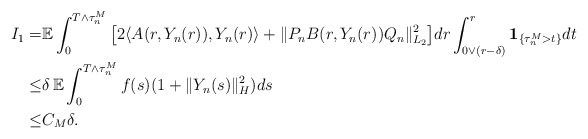
\begin{align*}I_1 = & \mathbb{E} \int_0^{T\wedge\tau_n^M} \big[ 2\langle A(r,Y_n(r)), Y_n(r) \rangle + \Vert P_n B(r,Y_n(r))Q_n \Vert_{L_2}^2 \big] dr \int_{0\vee(r-\delta)}^{r} \mathbf{1}_{\{\tau_n^M>t\}} dt \\\leq & \delta \, \mathbb{E} \int_0^{T\wedge\tau_n^M} f(s) (1+\Vert Y_n(s)\Vert_H^2) ds \\\leq & C_M \delta .\end{align*}